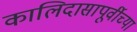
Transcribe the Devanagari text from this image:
कालिदासापूर्वीच्या